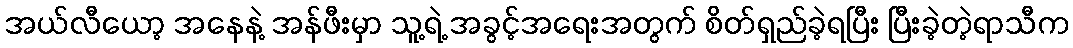
အယ်လီယော့ အနေနဲ့ အန်ဖီးမှာ သူ့ရဲ့ အခွင့်အရေးအတွက် စိတ်ရှည်ခဲ့ရပြီး ပြီးခဲ့တဲ့ရာသီက